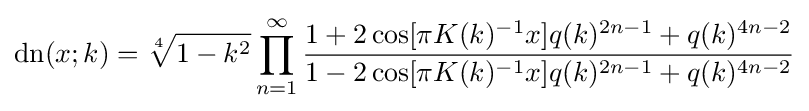
\operatorname {dn} (x;k)={\sqrt[{4}]{1-k^{2}}}\prod _{n=1}^{\infty }{\frac {1+2\cos[\pi K(k)^{-1}x]q(k)^{2n-1}+q(k)^{4n-2}}{1-2\cos[\pi K(k)^{-1}x]q(k)^{2n-1}+q(k)^{4n-2}}}